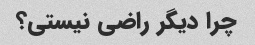
چرا دیگر راضی نیستی؟